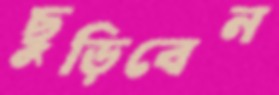
ছুড়িবেন